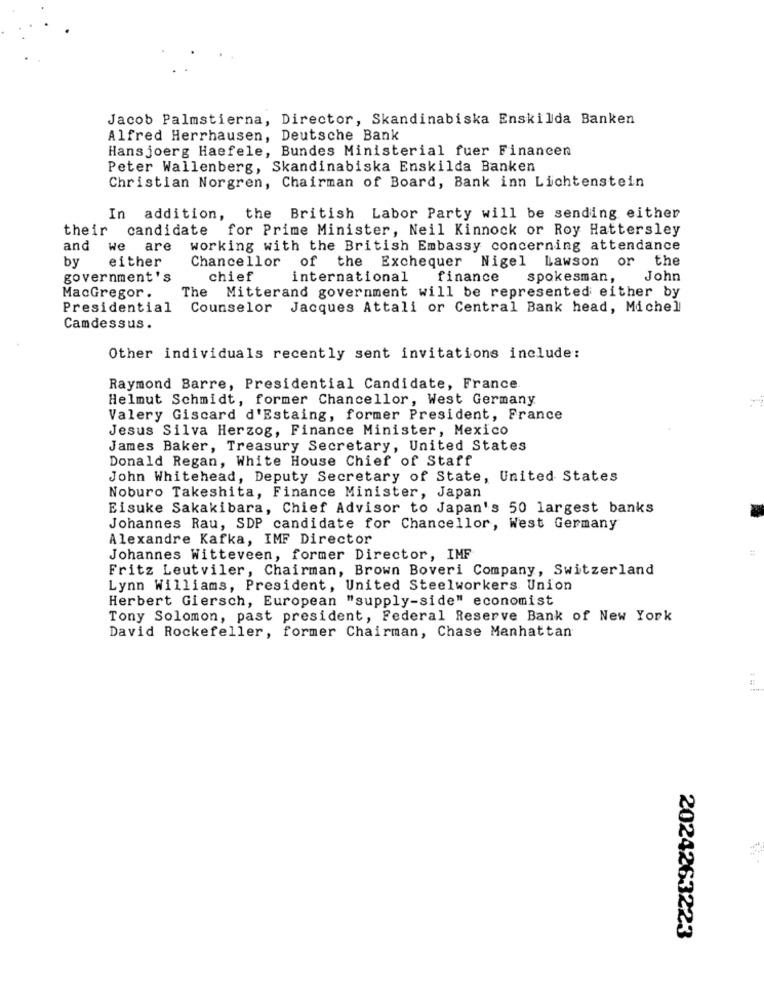
Jacob Palmstierna, Director, Skandinabiska Enskilda Banken
Alfred Herrhausen, Deutsche Bank
Hansjoerg Haefele, Bundes Ministerial fuer Financen
Peter Wallenberg, Skandinabiska Enskilda Banken
Christian Norgren, Chairman of Board, Bank inn Lichtenstein
In addition, the British Labor Party will be sending either
their candidate for Prime Minister, Neil Kinnock or Roy Hattersley
and
we
are
working with the British Embassy concerning attendance
by
either
Chancellor
of the Exchequer Nigel Lawson or the
government's
chief
international
finance
spokesman,
John
The Mitterand government will be represented either by
MacGregor .
Presidential Counselor
Jacques Attali or Central Bank head, Michel
Camdessus.
Other individuals recently sent invitations include:
Raymond Barre, Presidential Candidate, France
Helmut Schmidt, former Chancellor, West Germany
Valery Giscard d'Estaing, former President, France
Jesus Silva Herzog, Finance Minister, Mexico
James Baker, Treasury Secretary, United States
Donald Regan, White House Chief of Staff
John Whitehead, Deputy Secretary of State, United States
Noburo Takeshita, Finance Minister, Japan
Eisuke Sakakibara, Chief Advisor to Japan's 50 largest banks
Johannes Rau, SDP candidate for Chancellor, West Germany
Alexandre Kafka, IMF Director
#
Johannes Witteveen, former Director, IMF
Fritz Leutviler, Chairman, Brown Boveri Company, Switzerland
Lynn Williams, President, United Steelworkers Union
Herbert Giersch, European "supply-side" economist
Tony Solomon, past president, Federal Reserve Bank of New York
David Rockefeller, former Chairman, Chase Manhattan
2024263223